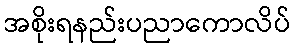
အစိုးရနည်းပညာကောလိပ်